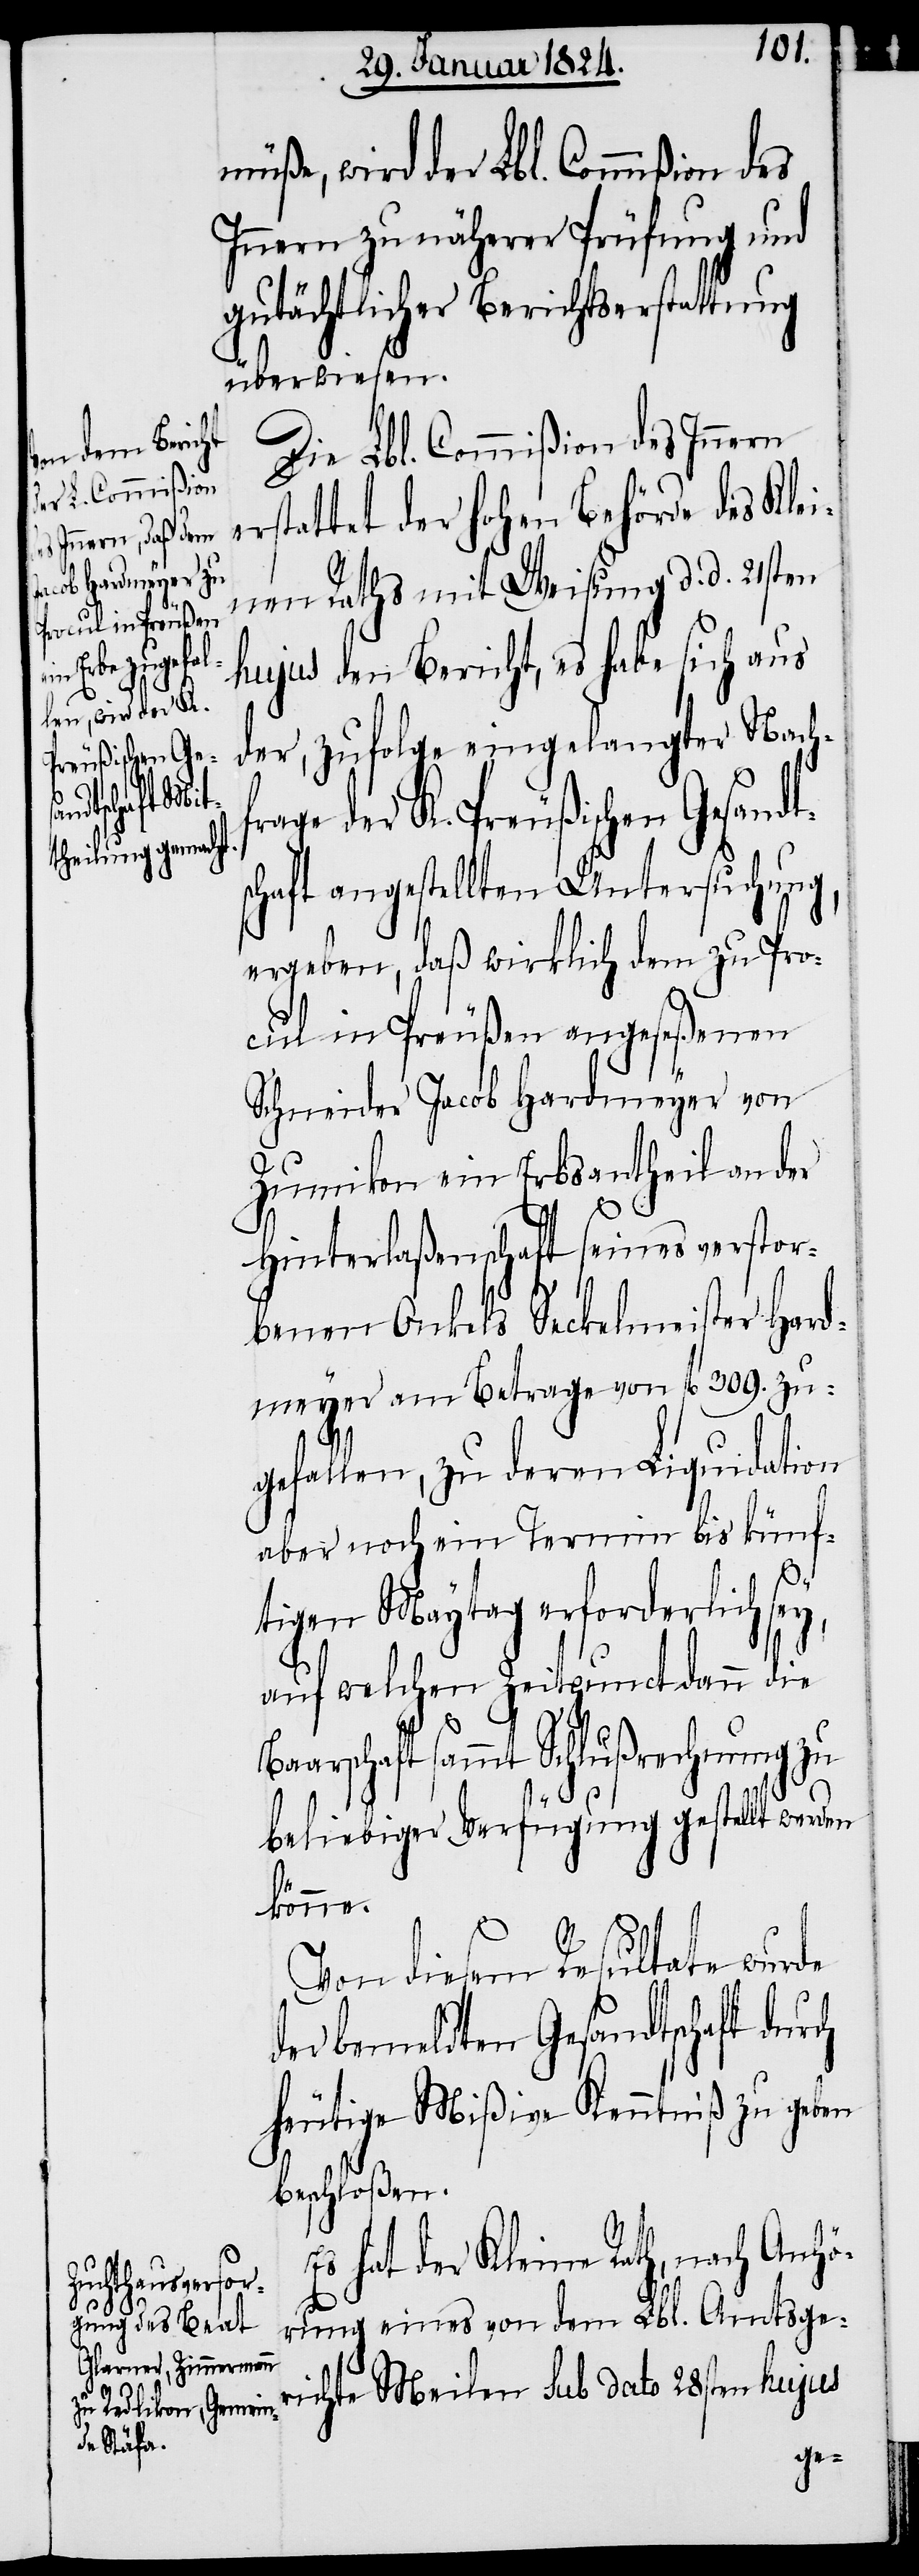
frag¬

müße, wird der Lbl. Commißion des
Innern zu näherer Prüfung und
gutächtlicher Berichtserstattung
überwiesen.
Die Lbl. Commißion des Innern
erstattet der hohen Behörde des Klei¬
nen Raths mit Weisung d. d. 21sten
hujus den Bericht, es habe sich aus
der, zufolge eingelangter Nach¬
e der K. Preußischen Gesand¬
schaft angestellten Untersuchung,
ergeben, daß wirklich dem zu Pro¬
cul in Preußen angeseßenen
Schneider Jacob Hardmeyer von
Zumikon ein Erbsantheil an der
Hinterlaßenschaft seines verstor¬
y,
benen Onkels Seckelmeister Hard¬
meyer am Betrage von fl. 309. zu¬
gefallen, zu deren Liquidation
aber noch ein Termin bis künf¬
tigen Maytag erforderlich se¬
auf welchen Zeitpunct dann die
Baarschaft sammt Schlußrechnung zu
beliebiger Verfügung gestellt werden
könne.
Von diesem Resultate wurde
der bemeldten Gesandtschaft durch
heutige Mißive Kenntniß zu geben
beschloßen.
Es hat der Kleine Rath, nach Anhö¬
rung eines von dem Lbl. Amtsge¬
richte Meilen sub dato 28sten hujus